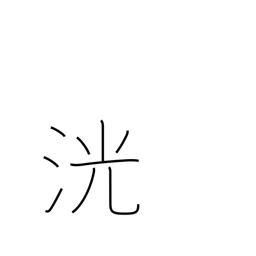
Meaning: sparkling water